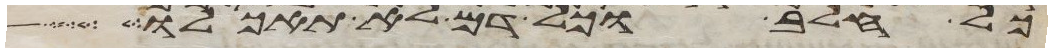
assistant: כל חלב וכל דם לא תאכלו